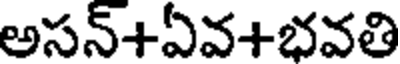
అసన్+ఏవ+భవతి